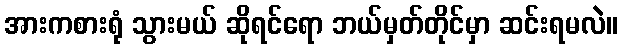
အားကစားရုံ သွားမယ် ဆိုရင်ရော ဘယ်မှတ်တိုင်မှာ ဆင်းရမလဲ။